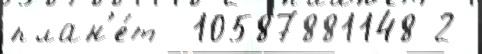
план'е́т -10587881148 2